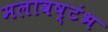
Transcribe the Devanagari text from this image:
मलावष्टंभ